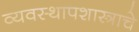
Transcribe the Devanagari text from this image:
व्यवस्थापशास्त्राचे